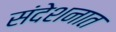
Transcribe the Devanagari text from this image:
संदेशनात